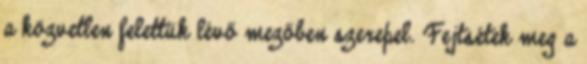
a közvetlen felettük lévő mezőben szerepel. Fejtsétek meg a